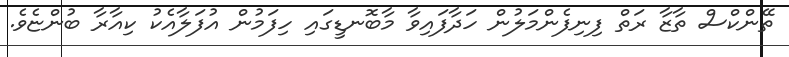
ތޭންކްސް ތާޒާ ރަތް ފިނިފެންމަލުން ހަދާފައިވާ މާބޮނޑީގައި ހިފަމުން އުފަލާއެކު ކިއާރާ ބުންޏެވެ.